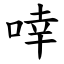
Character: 啈